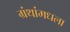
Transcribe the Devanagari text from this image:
ग्रंथांमधला